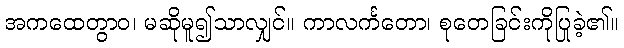
အကထေတွာဝ၊ မဆိုမူ၍သာလျှင်။ ကာလင်္ကတော၊ စုတေခြင်းကိုပြုခဲ့၏။